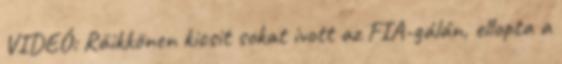
VIDEÓ: Räikkönen kicsit sokat ivott az FIA-gálán, ellopta a